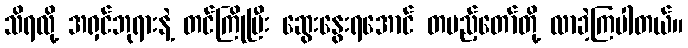
သိရလို့ အရှင်ဘုရားနဲ့ တင်ကြိုပြီး ဆွေးနွေးရအောင် တပည့်တော်တို့ လာခဲ့ကြပါတယ်။